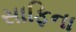
સાફિના